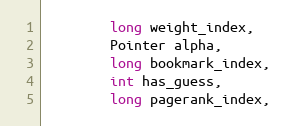
Language: Java
        long weight_index,
        Pointer alpha,
        long bookmark_index,
        int has_guess,
        long pagerank_index,